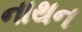
નાથન